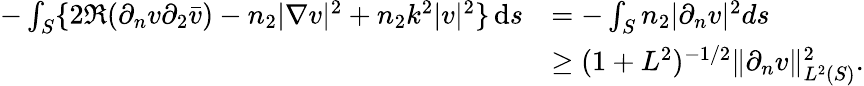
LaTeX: \begin{array}{rl}{-\int_{S}\{ 2\Re(\partial_{n}v\partial_{2}\bar{v})-n_{2}|\nabla v|^{2}+n_{2}k^{2}|v|^{2}\} \, \mathrm{d}s}&{=-\int_{S}n_{2}|\partial_{n}v|^{2}ds}\\ &{\ge(1+L^{2})^{-1/2}\| \partial_{n}v\| _{L^{2}(S)}^{2}.}\end{array}